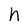
Character: h